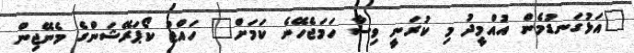
"އަޅުގަނޑުމެން އުއްމީދު މި ކުރަނީ ވިސާ ހަމަޖެހޭނެ ކަމަށް" ހައްޖު ކޯޕަރޭޝަންގެ މެނޭޖިން